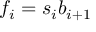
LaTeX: f _ { i } = s _ { i } b _ { i + 1 }